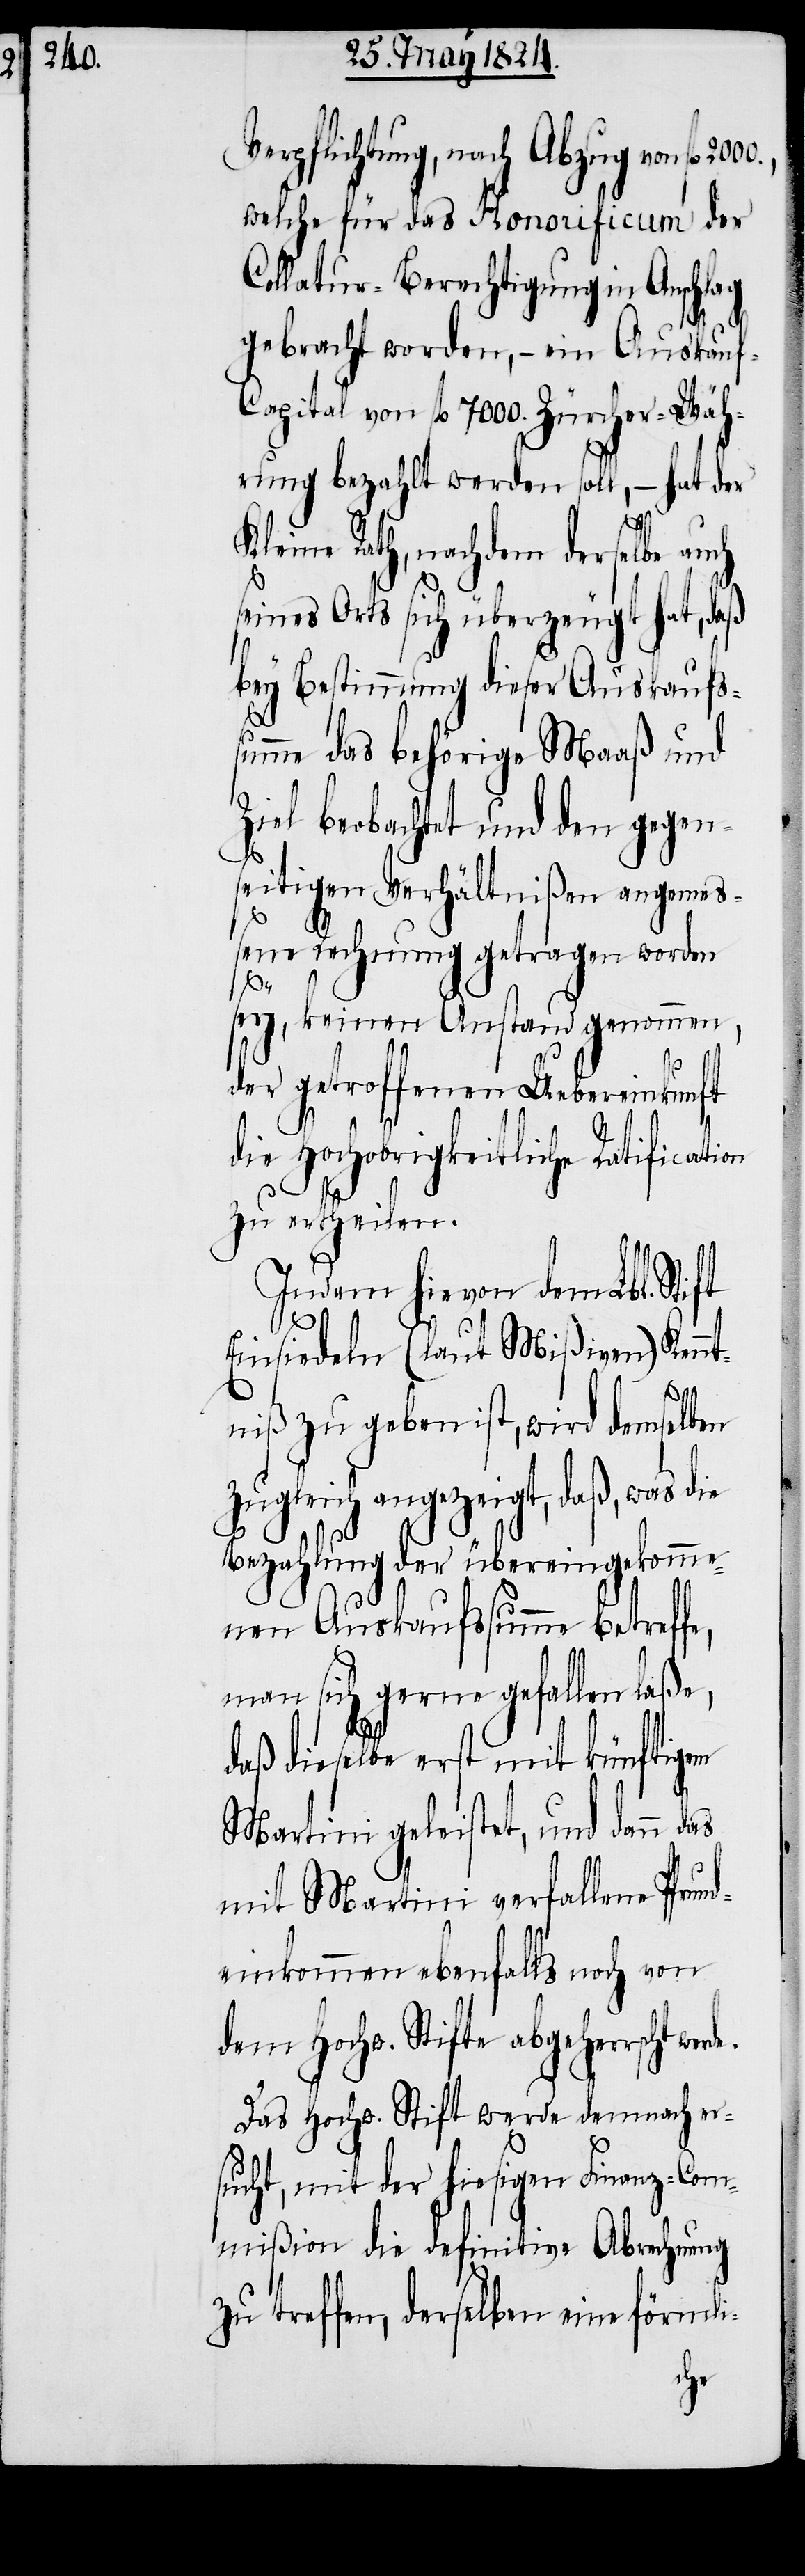
Verpflichtung, nach Abzug von fl.
welche für das Honorificum der
Collatur-Berechtigung in Anschlag
e,
gebracht worden, – ein Auskau¬
apital von fl. 7000. Zürcher-Wäh¬
rung bezahlt werden soll, – hat der
Kleine Rath, nachdem derselbe auch
seines Orts sich überzeugt hat, daß
bey Bestimmung dieser Auskaufs¬
summe das behörige Maaß und
Ziel beobachtet und den gegen¬
seitigen Verhältnißen angemeß¬
ene Rechnung getragen worden
f-C¬
sey, keinen Anstand genommen,
der getroffenen Uebereinkunft
die Hochobrigkeitliche Ratification
zu ertheilen.
Indem hievon dem Lbl. Stift
Einsiedeln (laut Mißiven) Kennt¬
niß zu geben ist, wird demselben
zugleich angezeigt, daß, was die
Bezahlung der übereingekomme¬
nen Auskaufssumme betreff¬
man sich gerne gefallen laße,
daß dieselbe erst mit künftigem
Martini geleistet, und dann das
mit Martini verfallene Pfrun¬
deinkommen ebenfalls noch von
dem Hochw. Stifte werde demnach er¬
sucht, mit der hiesigen Finanz-Com¬
mißion die definitive Abrechnung
zu treffen, derselben eine förmli-